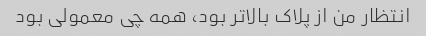
انتظار من از پلاک بالاتر بود، همه چی معمولی بود